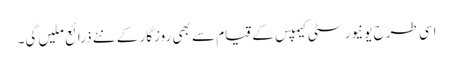
اسی طرح یونیورسٹی کیمپس کے قیام سے بھی روزگار کے نئے ذرائع ملیں گی۔